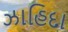
ઝાહિદા